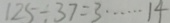
1 2 5 \div 3 7 = 3 \cdots 1 4